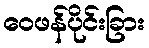
ဝေဖန်ပိုင်းခြား